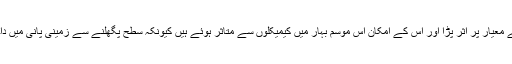
زمینی پانی کے معیار پر اثر پڑا اور اس کے امکان اس موسم بہار میں کیمیکلوں سے متاثر ہوئے ہیں کیونکہ سطح پگھلنے سے زمینی پانی میں داخل ہوجاتا ہے۔